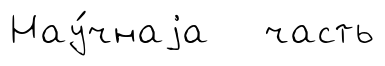
Нау́чнаjа часть